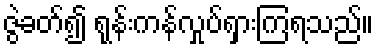
ဇွဲခတ်၍ ရုန်းကန်လှုပ်ရှားကြရသည်။